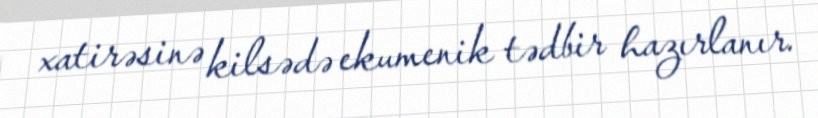
xatirəsinə kilsədə ekumenik tədbir hazırlanır.